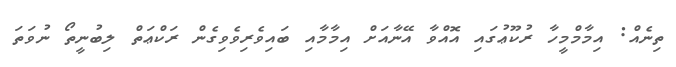
ތިނެއް: އިމާމްމީހާ ރުކޫޢުގައި އޮއްވާ އޭނާއަށް އިމާމާއި ބައިވެރިވެވިގެން ރަކްޢަތް ލިބުނީތޯ ނުވަތަ